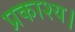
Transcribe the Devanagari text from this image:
प्रकाश्य।